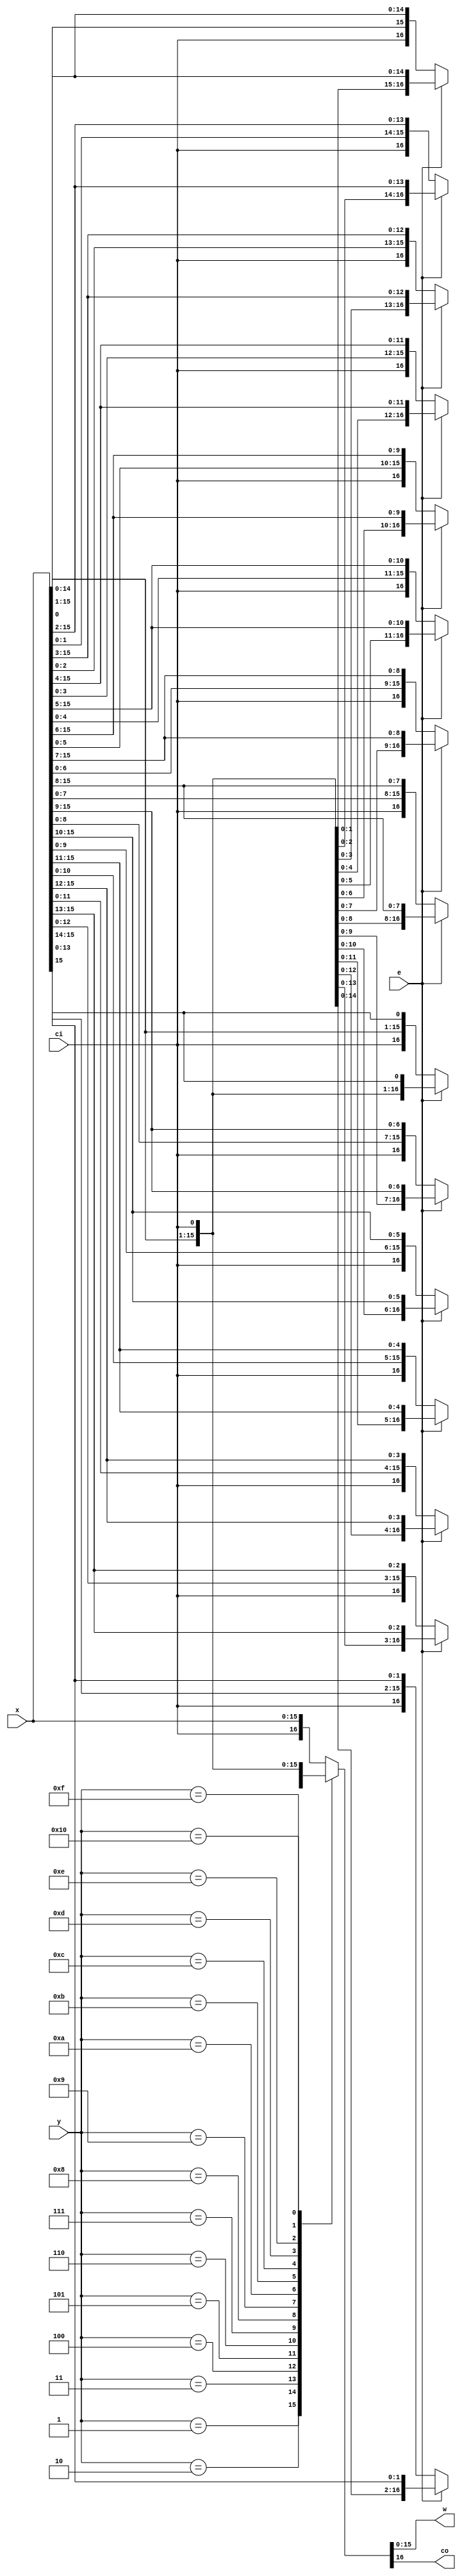
module zet_rxr16 (
    input      [15:0] x,
    input             ci,
    input      [ 4:0] y,
    input             e,
    output reg [15:0] w,
    output reg        co
  );
  always @(x or ci or y or e)
    case (y)
      default: {co,w} <= {ci,x};
      5'd01: {co,w} <= e ? {x[0], ci, x[15:1]} : {ci, x[0], x[15:1]};
      5'd02: {co,w} <= e ? {x[ 1:0], ci, x[15: 2]} : {ci, x[ 1:0], x[15: 2]};
      5'd03: {co,w} <= e ? {x[ 2:0], ci, x[15: 3]} : {ci, x[ 2:0], x[15: 3]};
      5'd04: {co,w} <= e ? {x[ 3:0], ci, x[15: 4]} : {ci, x[ 3:0], x[15: 4]};
      5'd05: {co,w} <= e ? {x[ 4:0], ci, x[15: 5]} : {ci, x[ 4:0], x[15: 5]};
      5'd06: {co,w} <= e ? {x[ 5:0], ci, x[15: 6]} : {ci, x[ 5:0], x[15: 6]};
      5'd07: {co,w} <= e ? {x[ 6:0], ci, x[15: 7]} : {ci, x[ 6:0], x[15: 7]};
      5'd08: {co,w} <= e ? {x[ 7:0], ci, x[15: 8]} : {ci, x[ 7:0], x[15: 8]};
      5'd09: {co,w} <= e ? {x[ 8:0], ci, x[15: 9]} : {ci, x[ 8:0], x[15: 9]};
      5'd10: {co,w} <= e ? {x[ 9:0], ci, x[15:10]} : {ci, x[ 9:0], x[15:10]};
      5'd11: {co,w} <= e ? {x[10:0], ci, x[15:11]} : {ci, x[10:0], x[15:11]};
      5'd12: {co,w} <= e ? {x[11:0], ci, x[15:12]} : {ci, x[11:0], x[15:12]};
      5'd13: {co,w} <= e ? {x[12:0], ci, x[15:13]} : {ci, x[12:0], x[15:13]};
      5'd14: {co,w} <= e ? {x[13:0], ci, x[15:14]} : {ci, x[13:0], x[15:14]};
      5'd15: {co,w} <= e ? {x[14:0], ci, x[15]} : {ci, x[14:0], x[15]};
      5'd16: {co,w} <= {x,ci};
    endcase
endmodule